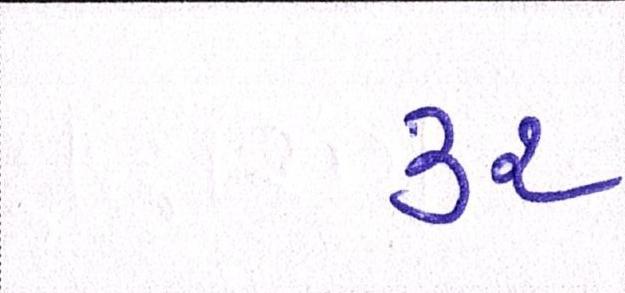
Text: ૩૨